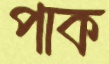
পাক